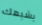
يشبهك